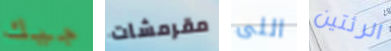
جيك مقرمشات اللى الرئتين